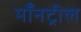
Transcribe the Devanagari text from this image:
माँनट्रील